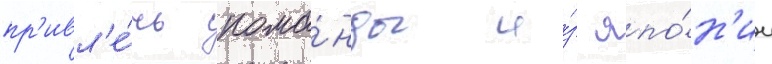
пр'ивл'е́чь кома́нды и́з япо́н'ии